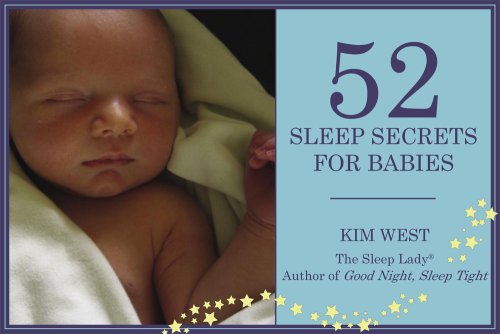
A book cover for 52 Sleep Secrets for Babies; Kim West; Health, Fitness & Dieting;